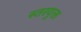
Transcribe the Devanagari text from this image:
स्तरयुक्त